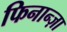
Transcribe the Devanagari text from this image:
फिनान्ज़ा